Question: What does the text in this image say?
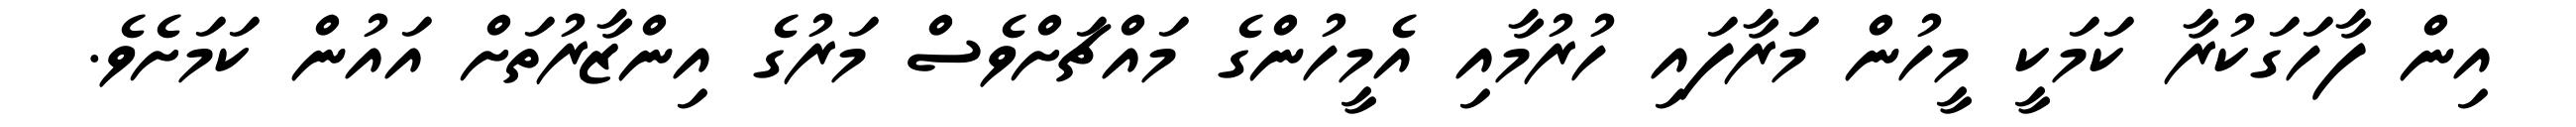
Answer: އިން ފާހަގަކުރާ ކަމަކީ މީހުން މަރާފައި ހުރުމާއި އެމީހުންގެ މައްޗަށްވެސް މަރުގެ އިންޒާރުތަށް އައުން ކަމަށެވެ.